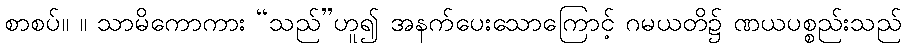
စာစပ်။ ။ သာမိကောကား “သည်”ဟူ၍ အနက်ပေးသောကြောင့် ဂမယတိ၌ ဏယပစ္စည်းသည်